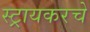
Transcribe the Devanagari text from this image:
स्ट्रायकरचे